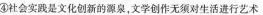
④社会实践是文化创新的源泉，文学创作无须对生活进行艺术